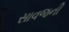
સાવજની